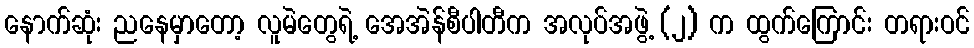
နောက်ဆုံး ညနေမှာတော့ လူမဲတွေရဲ့ အေအဲန်စီပါတီက အလုပ်အဖွဲ့ (၂) က ထွက်ကြောင်း တရားဝင်